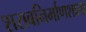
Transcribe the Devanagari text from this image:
शराबनिर्माणशाला